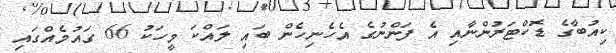
ކިއުބާގެ ޑޮކްޓަރުންނާއި އެ ފަންނުގެ އެހެނިހެން ބައި ލައްކަ މީހަކު 66 ގައުމެއްގައި